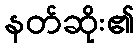
နတ်ဆိုး၏